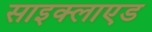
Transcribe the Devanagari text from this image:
साइक्लाएड